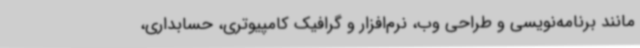
مانند برنامه‌نویسی و طراحی وب، نرم‌افزار و گرافیک کامپیوتری، حسابداری،